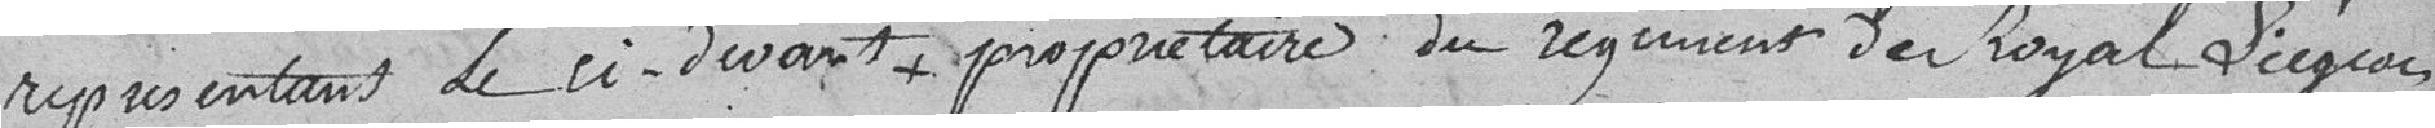
représentant le ci-devant colonel + propriétaire du Régiment de Royal Liégeois,